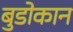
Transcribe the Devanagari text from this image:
बुडोकान